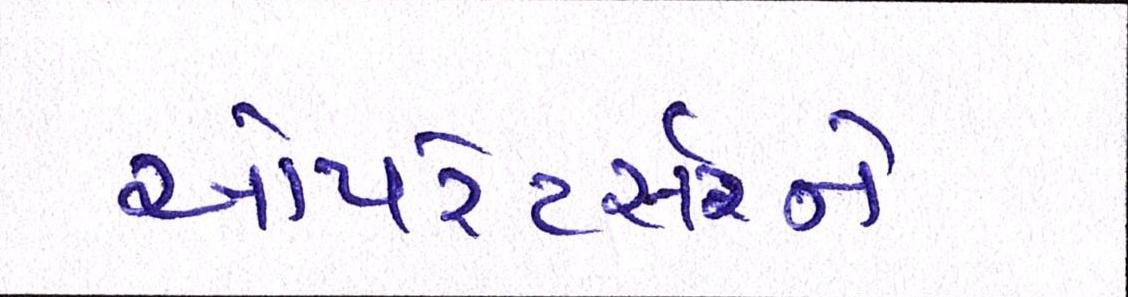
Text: ઓપરેટર્સને